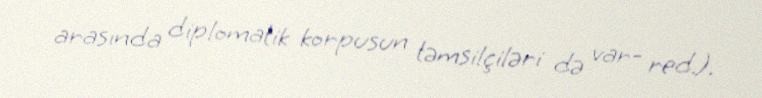
arasında diplomatik korpusun təmsilçiləri də var- red.).